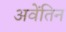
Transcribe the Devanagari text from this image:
अवेंतिन